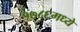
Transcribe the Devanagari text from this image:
१७८६मध्ये